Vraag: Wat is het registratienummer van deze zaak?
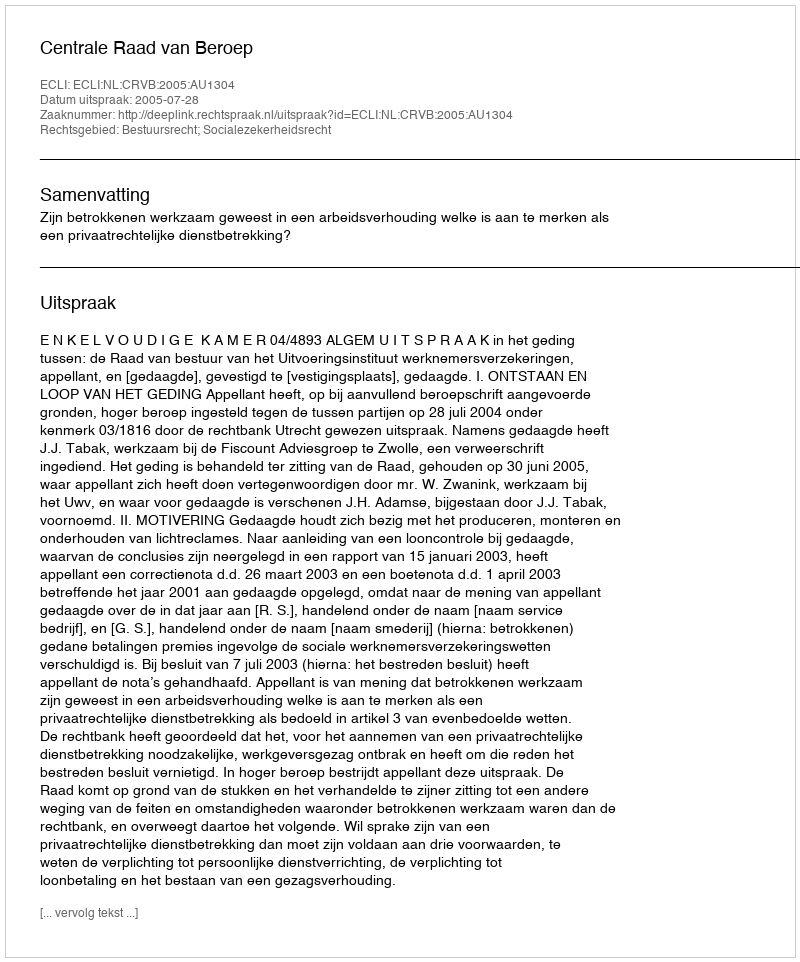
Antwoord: http://deeplink.rechtspraak.nl/uitspraak?id=ECLI:NL:CRVB:2005:AU1304